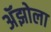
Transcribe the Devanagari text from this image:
अॅझोला